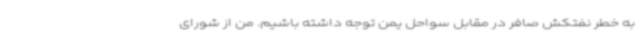
به خطر نفتکش صافر در مقابل سواحل یمن توجه داشته باشیم. من از شورای